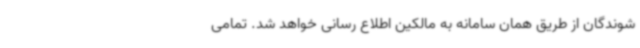
شوندگان از طریق همان سامانه به مالکین اطلاع رسانی خواهد شد. تمامی